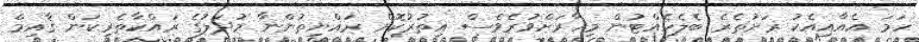
ހަމަ އެއާއިއެކު ރަށުތެރެ ބެލެހެއްޓުން މިހާރަށްވުރެވެސް އިތުރުކޮށް ރައްޔިތުންނާ މުދަލުގެ ރައްކާތެރިކަން ޤާއިމް